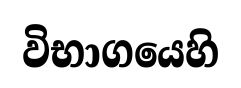
විභාගයෙහි